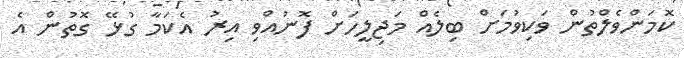
ކޮމަންވެލްތުން ވަކިވުމަށް ބިލެއް މަޖިލީހަށް ފޮނުއްވި އިރު އެކަމާ ގުޅޭ ގޮތުން އެ